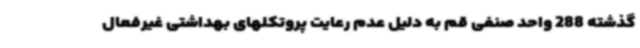
گذشته 288 واحد صنفی قم به دلیل عدم رعایت پروتکلهای بهداشتی غیرفعال